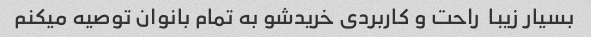
بسیار زیبا  راحت و کاربردی خریدشو به تمام بانوان توصیه میکنم